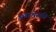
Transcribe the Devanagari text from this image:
अकशेरूकी